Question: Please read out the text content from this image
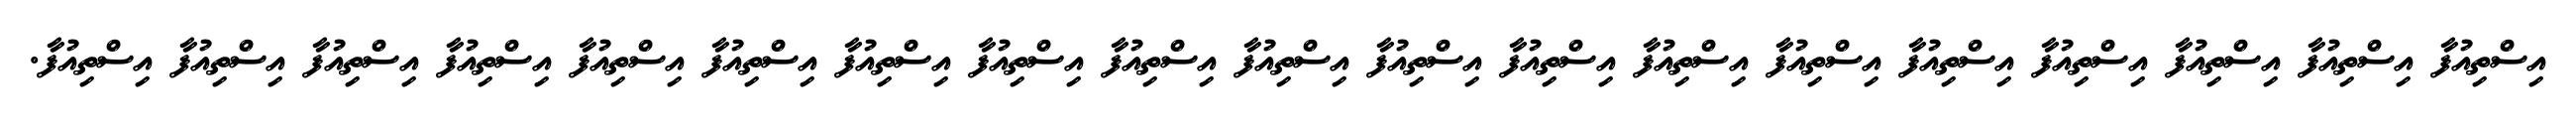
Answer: އިސްތިއުފާ އިސްތިއުފާ އިސްތިއުފާ އިސްތިއުފާ އިސްތިއުފާ އިސްތިއުފާ އިސްތިއުފާ އިސްތިއުފާ އިސްތިއުފާ އިސްތިއުފާ އިސްތިއުފާ އިސްތިއުފާ އިސްތިއުފާ އިސްތިއުފާ އިސްތިއުފާ އިސްތިއުފާ އިސްތިއުފާ އިސްތިއުފާ އިސްތިއުފާ.